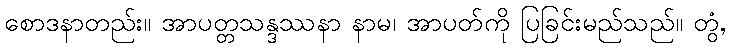
စောဒနာတည်း။ အာပတ္တသန္ဒဿနာ နာမ၊ အာပတ်ကို ပြခြင်းမည်သည်။ တွံ,